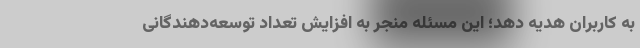
به کاربران هدیه دهد؛ این مسئله منجر به افزایش تعداد توسعه‌دهندگانی